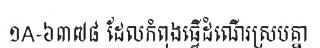
១A-៦៣៧៨ ដែលកំពុងធ្វើដំណើរស្របគ្នា